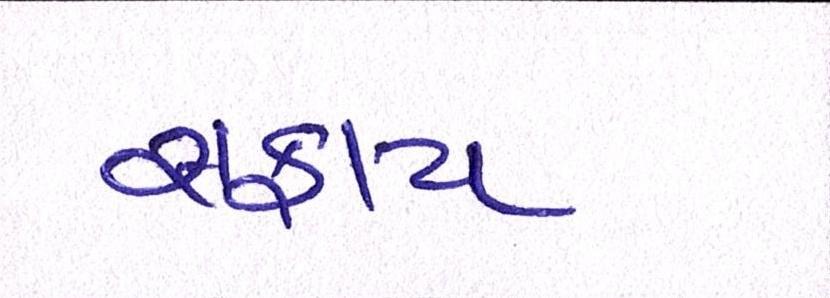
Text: સફાય